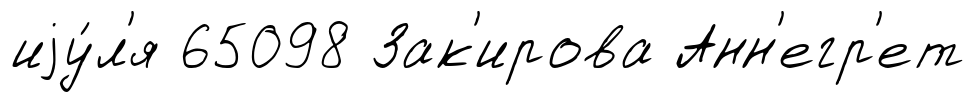
иjу́л'я 65098 Зак'ирова Анн'егр'ет